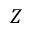
Z